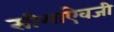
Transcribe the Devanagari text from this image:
सीमांऐवजी